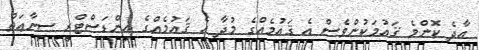
އާދެ ކޮންމެ ޤައުމަކުންވެސް އެ ޤައުމެއްގެ މުދާ އެ ޤައުމެއްގެ އިންޑަސްޓްރީ ޞިނާޢަތް